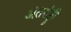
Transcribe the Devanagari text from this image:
अंतर्राष्ट्री